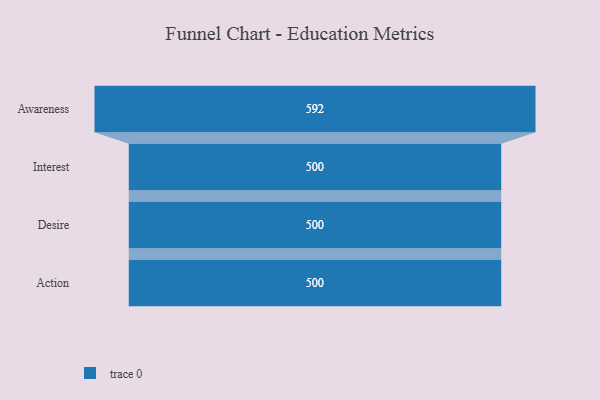
{"axis": {"x": "Stage", "y": "Value"}, "legend": [""], "data": [{"x": "Awareness", "y": 592.0, "type": ""}, {"x": "Interest", "y": 500, "type": ""}, {"x": "Desire", "y": 500, "type": ""}, {"x": "Action", "y": 500, "type": ""}]}